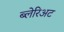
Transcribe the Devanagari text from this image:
ब्लेरिअट